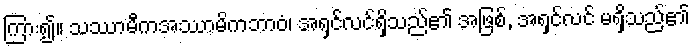
ကြား၍။ သဿာမီကအဿာမိကဘာဝံ၊ အရှင်လင်ရှိသည်၏ အဖြစ်, အရှင်လင် မရှိသည်၏